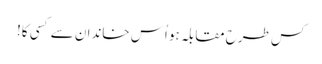
کس طرح مقابلہ ہو اُس خاندان سے کسی کا!